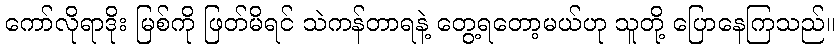
ကော်လိုရာဒိုး မြစ်ကို ဖြတ်မိရင် သဲကန်တာရနဲ့ တွေ့ရတော့မယ်ဟု သူတို့ ပြောနေကြသည်။